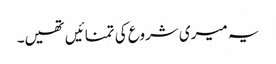
یہ میری شروع کی تمنائیں تھیں۔